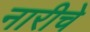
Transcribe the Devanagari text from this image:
नारीचे